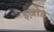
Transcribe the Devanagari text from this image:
इज़ोड